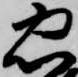
忠